Annual report on the health of the army in India
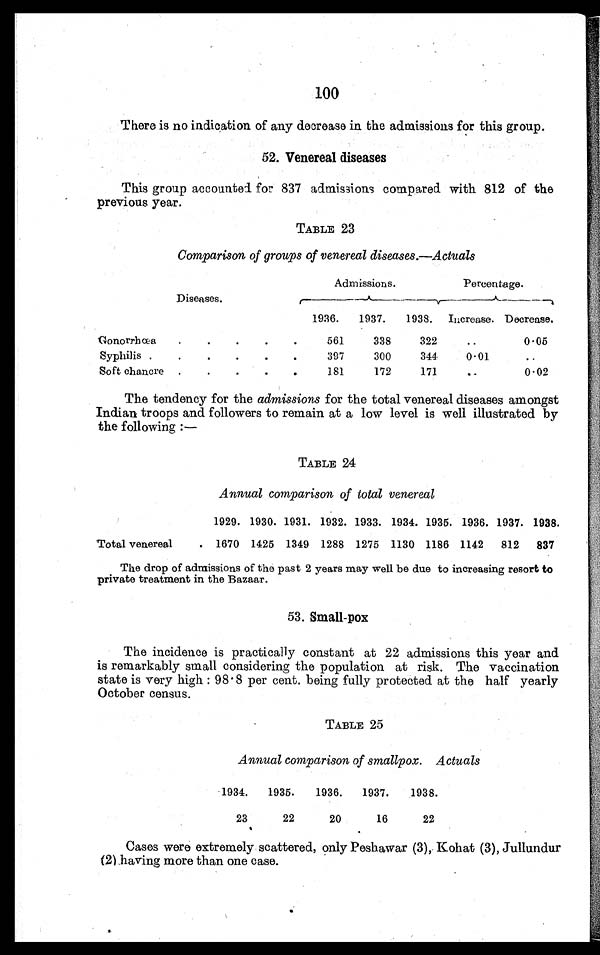
100
There is no indication of any decrease in the admissions for this group.
52. Venereal diseases
This group accounted for 837 admissions compared with 812 of the
previous year.
TABLE 23
Comparison of groups of venereal diseases.—Actuals
Diseases.
Admissions.
Percentage.
1936.
1937.
1938.
Increase. Decrease.
Clonorrhœa
.
.
.
.
.
561
338
322
..
0.05
Syphilis .
.
.
.
.
.
397
300
344
0.01
..
Soft chancre .
.
.
.
.
181
172
171
..
0.02
The tendency for the admissions for the total venereal diseases amongst
Indian troops and followers to remain at a low level is well illustrated by
the following :—
TABLE 24
Annual comparison of total venereal
1929. 1930. 1931. 1932. 1933. 1934. 1935. 1936. 1937. 1938.
Total venereal
. 1670 1425 1349 1288 1275 1130 1186 1142
812
837
The drop of admissions of the past 2 years may well be due to increasing resort to
private treatment in the Bazaar.
53. Small-pox
The incidence is practically constant at 22 admissions this year and
is remarkably small considering the population at risk. The vaccination
state is very high : 98.8 per cent. being fully protected at the half yearly
October census.
TABLE 25
Annual comparison of smallpox.—Actuals
1934.
1935.
1936.
1937.
1938.
23
22
20
16
22
Cases were extremely scattered, only Peshawar (3), Kohat (3), Jullundur
(2) having more than one case.